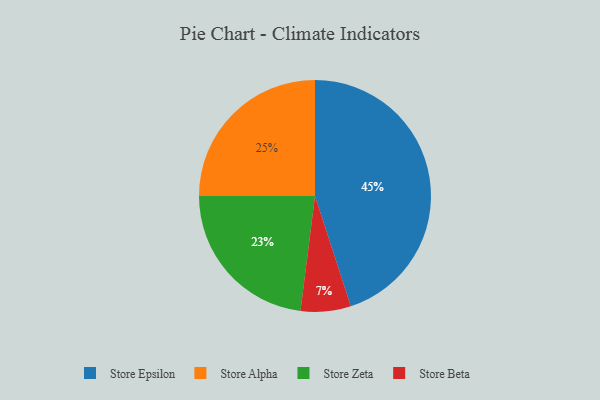
{"axis": {"x": "Category", "y": "Percentage"}, "legend": ["Store Alpha", "Store Beta", "Store Epsilon", "Store Zeta"], "data": [{"x": "Store Epsilon", "y": 45, "type": "Store Epsilon"}, {"x": "Store Zeta", "y": 23, "type": "Store Zeta"}, {"x": "Store Alpha", "y": 25, "type": "Store Alpha"}, {"x": "Store Beta", "y": 7, "type": "Store Beta"}]}